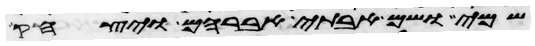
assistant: שמי ושם אבותי אברהם ויצחק